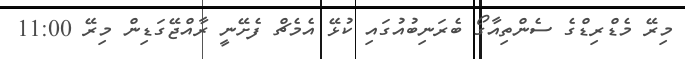
މިރޭ މެޑްރިޑްގެ ސެންތިއާގޯ ބެރަނިބުއުގައި ކުޅޭ އެމެޗް ފެށޭނީ ރާއްޖޭގަޑިން މިރޭ 11:00